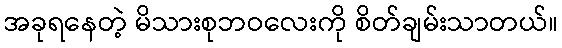
အခုရနေတဲ့ မိသားစုဘဝလေးကို စိတ်ချမ်းသာတယ်။